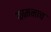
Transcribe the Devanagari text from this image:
कामनाच